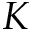
K